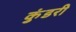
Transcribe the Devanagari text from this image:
कुंडरी